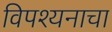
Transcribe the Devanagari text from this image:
विपश्यनाचा